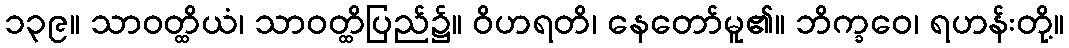
၁၃၉။ သာဝတ္ထိယံ၊ သာဝတ္ထိပြည်၌။ ဝိဟရတိ၊ နေတော်မူ၏။ ဘိက္ခဝေ၊ ရဟန်းတို့။